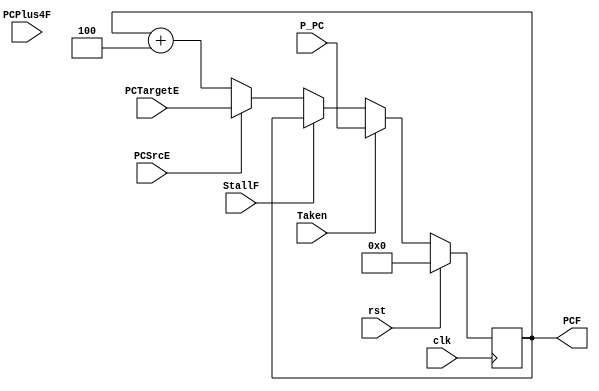
`timescale 1ps/1ps

module Address_Generator (
    input             rst,
    input             clk,
    input             PCSrcE,
    input             StallF,
    input             Taken,
    input      [31:0] PCPlus4F,
    input      [31:0] PCTargetE,
    input      [31:0] P_PC,
    
    output reg [31:0] PCF
);
    reg [31:0] PCFbar;

    always @ (*) begin  //combinational block so block assignment (=) and not a non-blocking one (<=)
        PCFbar = PCSrcE ? PCTargetE : PCF + 4;
    end

    always @(posedge clk) begin //sequential block so non-block assigment (<=) is used
        if (rst) begin
            PCF <= 32'd0;
        end

        else if(Taken) begin
            PCF <= P_PC;
        end

        else if(StallF) begin // stall    PC 
            PCF <= PCF;   
        end

        else begin
            PCF <= PCFbar;
        end
    end 
    

endmodule